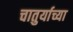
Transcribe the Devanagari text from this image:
चातुर्याच्या